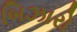
બિઝારો